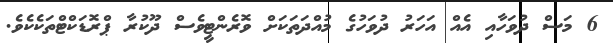
6 މަސް ދުވަހާއި އެއް އަހަރު ދުވަހުގެ މުއްދަތަކަށް ވޮރެންޓީވެސް ދޫކުރާ ޕްރޮޑަކްޓްތަކެކެވެ.